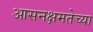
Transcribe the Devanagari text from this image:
आसनक्षमतेच्या